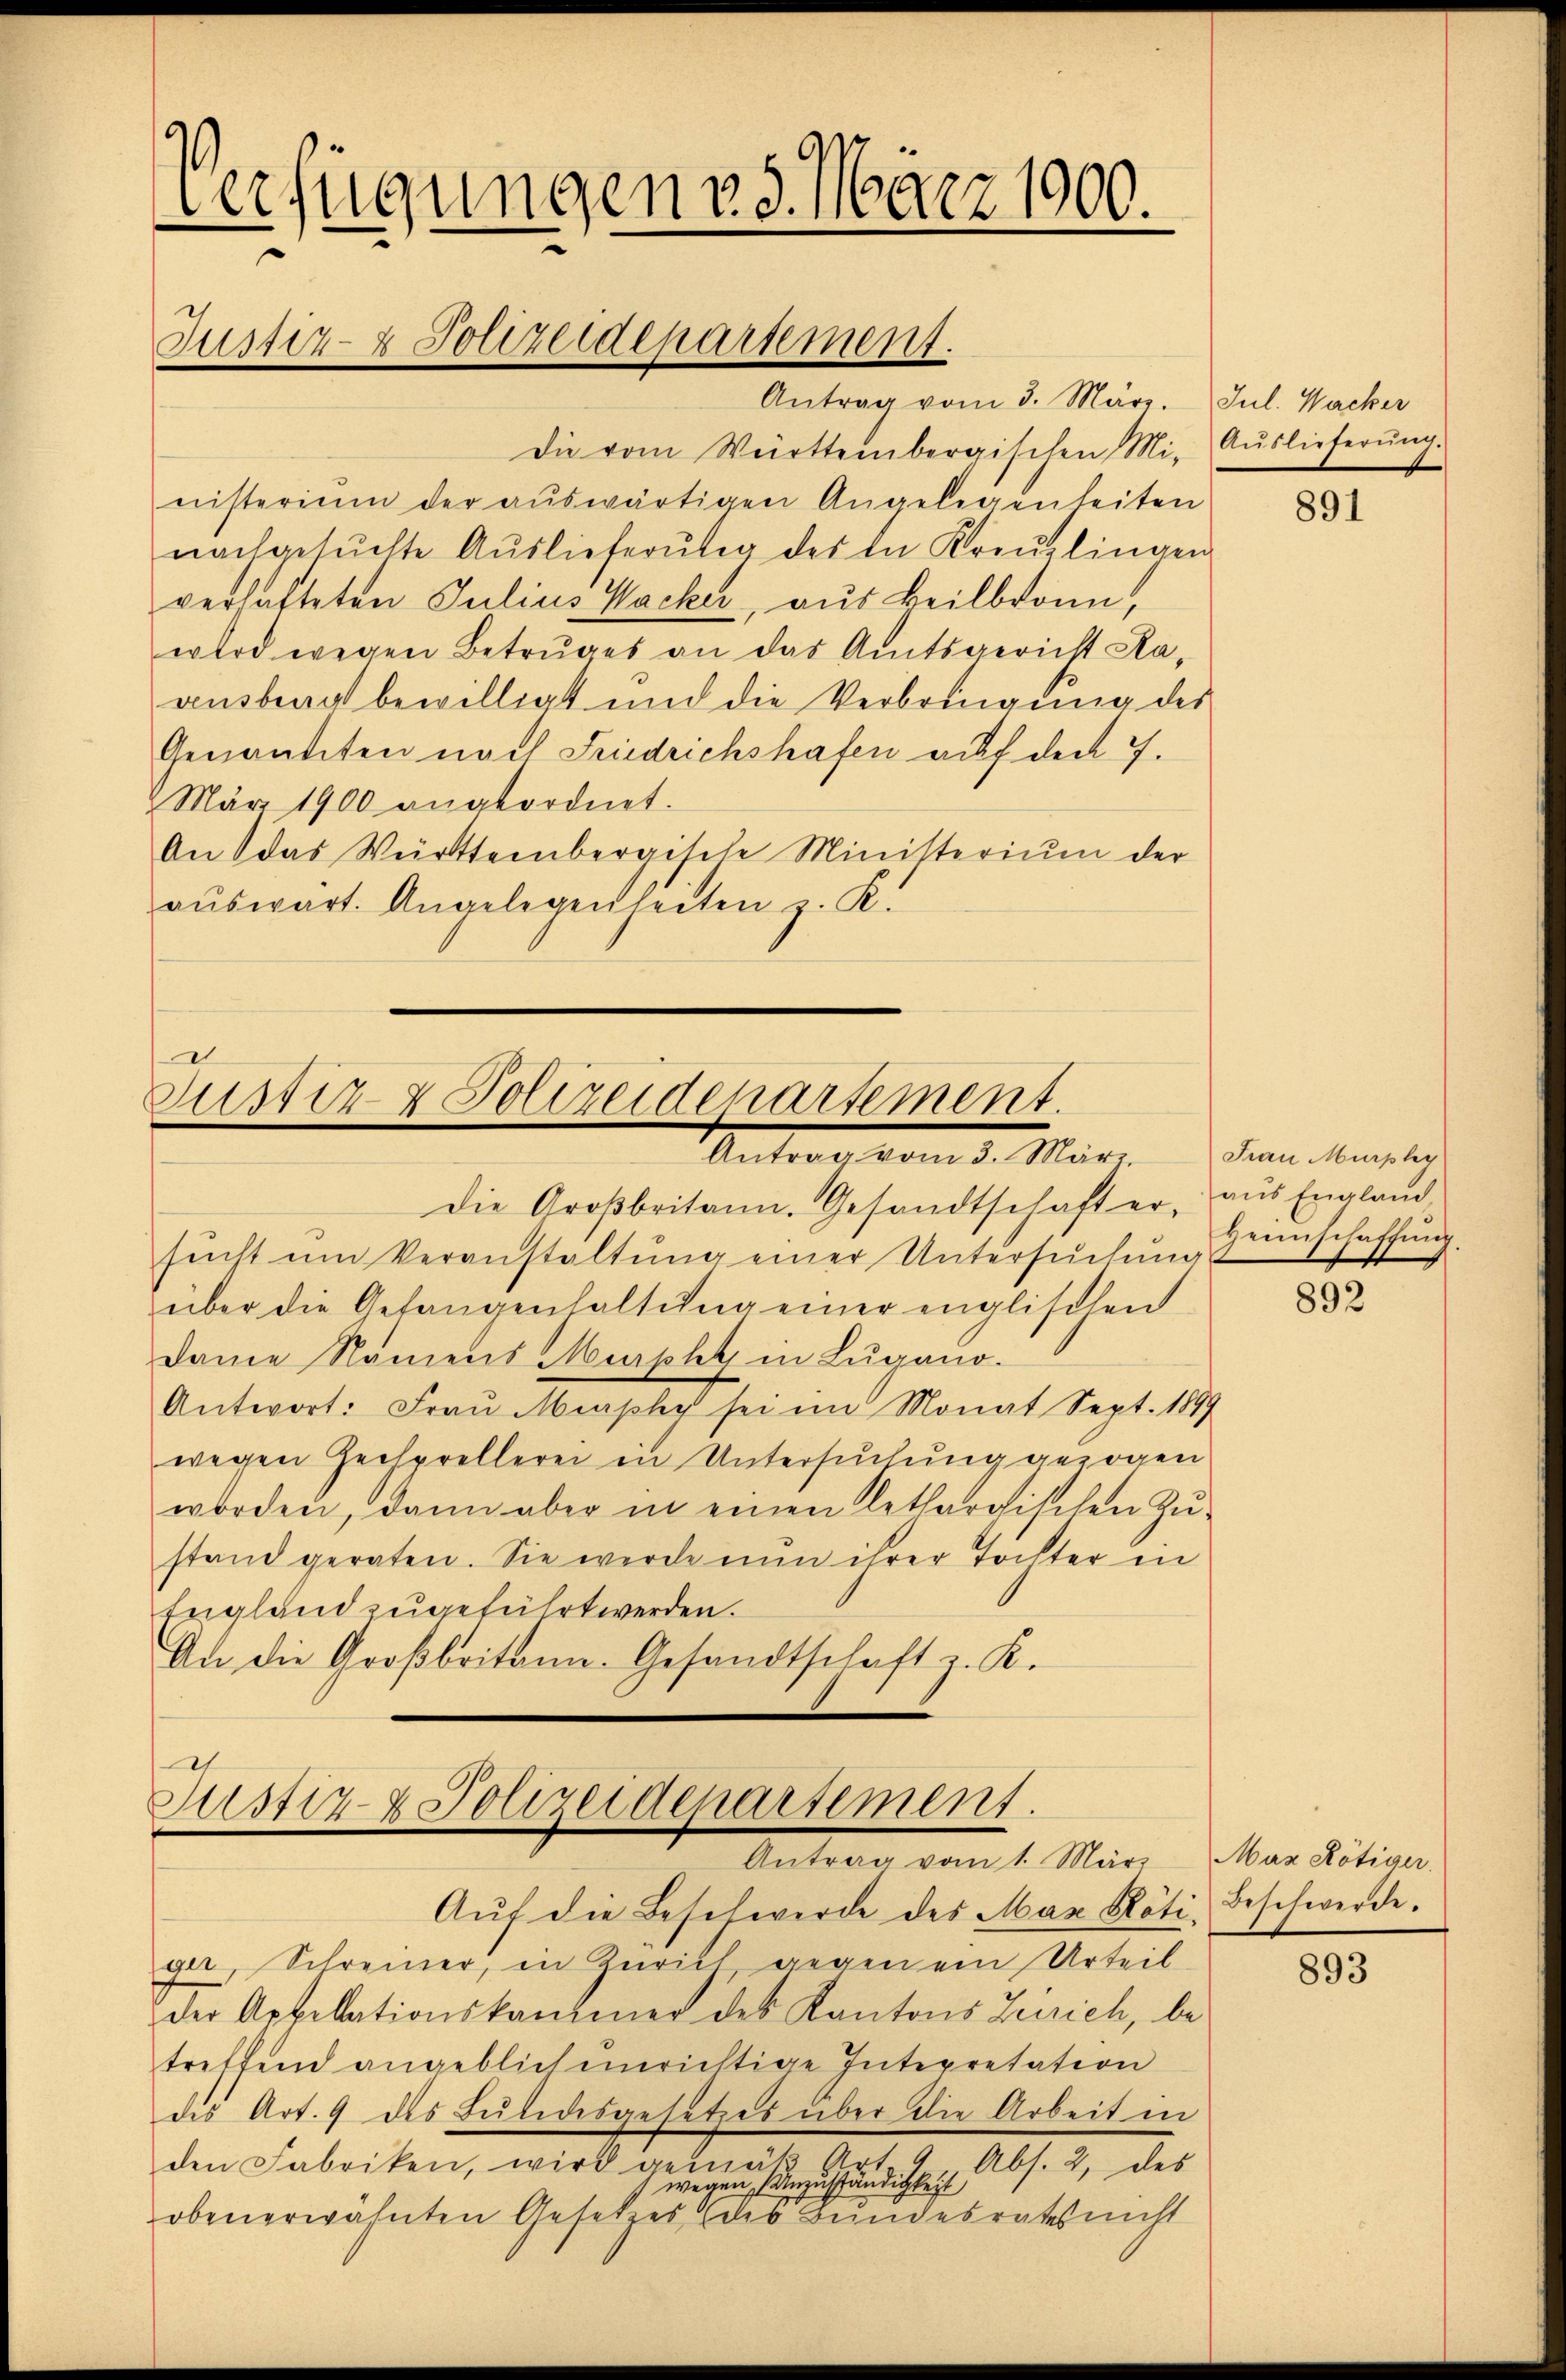
Verfügungen 25. März 1900.
Justiz- & Polizeidepartement.
Antrag vom 3. März. Jul. Wacker

Die vom Württembergischen Mi- Auslieferŭng.
nisterium der aŭswärtigen Angelegenheiten
nachgesŭchte Aŭslieferŭng des in Kreuzlingen
verhafteten Julius Wacker, aus Heilbronn,
wird wegen Betruges an das Amtsgericht Ka
ausbrag bewilligt und die Verbringung des
Genannten nach Friedrichshafen auf den 7.
März 1900 angeordnet.
An das Württembergische Ministerium der
aŭswart. Angelegenheiten z. R.

e
Justiz & Polizeidenartement
Antrag vom 3. März.

Die Großbritann. Gesandtschaft er, aus England
sŭcht um Veranstaltung einer Untersŭchŭng
über die Gefangenhaltŭng einer englischen
Danie Namens Mephy in Lugano.
Antwort: Frau Miaphy sei im Monat Sept. 1899
wegen Gechprellerei in Untersuchung gezogen
worden, dann aber in einen letharchischen Zŭ-
stand geraten. Sie werde nun ihrer Tochter in
England zugeführt werden.
An die Großbritann. Gesandtschaft L. K.

Justiz- & Polizeidepartement.
Antrag vom 1. März Max Rötiger.

Aŭf die Beschwerde des Max Röti, Beschwerde.
ger, Schreiner, in Zürich gegen ein Urteil
der Appellationskammer des Kantons Zürich, be-
treffend angeblich einrichtige Intepretation
des Art. 9 des Lŭtidesgesetzes über die Arbeit in
den Fabriken, wird gemäβ Art. 9 Abs. 2, des
wegen (Anzuständigkeit
obenerwähnten Gesetzes des Bundesrates nicht

891

Frau Murpley
Heimschaffung.

892

893